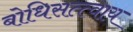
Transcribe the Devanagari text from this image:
बोधिसत्त्वाय